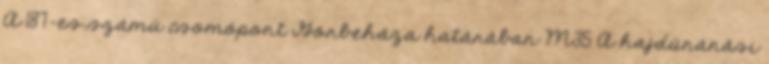
A 187-es számú csomópont Görbeháza határában M35 A hajdúnánási